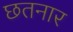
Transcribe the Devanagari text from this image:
छतनार